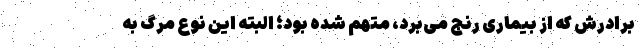
برادرش که از بیماری رنج می‌برد، متهم شده بود؛ البته این نوع مرگ به